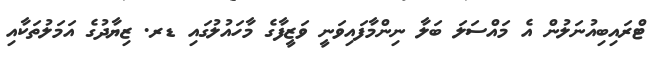
ޓްރައިބިއުނަލުން އެ މައްސަލަ ބަލާ ނިންމާފައިވަނީ ވަޒީފާގެ މާހައުލުގައި ޑރ. ޒިޔާދުގެ އަމަލުތަކާއި